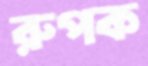
রুপক